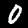
Digit: 0